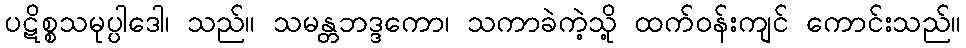
ပဋိစ္စသမုပ္ပါဒေါ၊ သည်။ သမန္တဘဒ္ဒကော၊ သကာခဲကဲ့သို့ ထက်ဝန်းကျင် ကောင်းသည်။